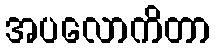
အပလောကိတာ